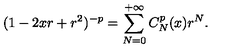
( 1 - 2 x r + r ^ { 2 } ) ^ { - p } = \sum _ { N = 0 } ^ { + \infty } C _ { N } ^ { p } ( x ) r ^ { N } .